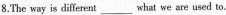
8.The way is different ___ what we are used to.